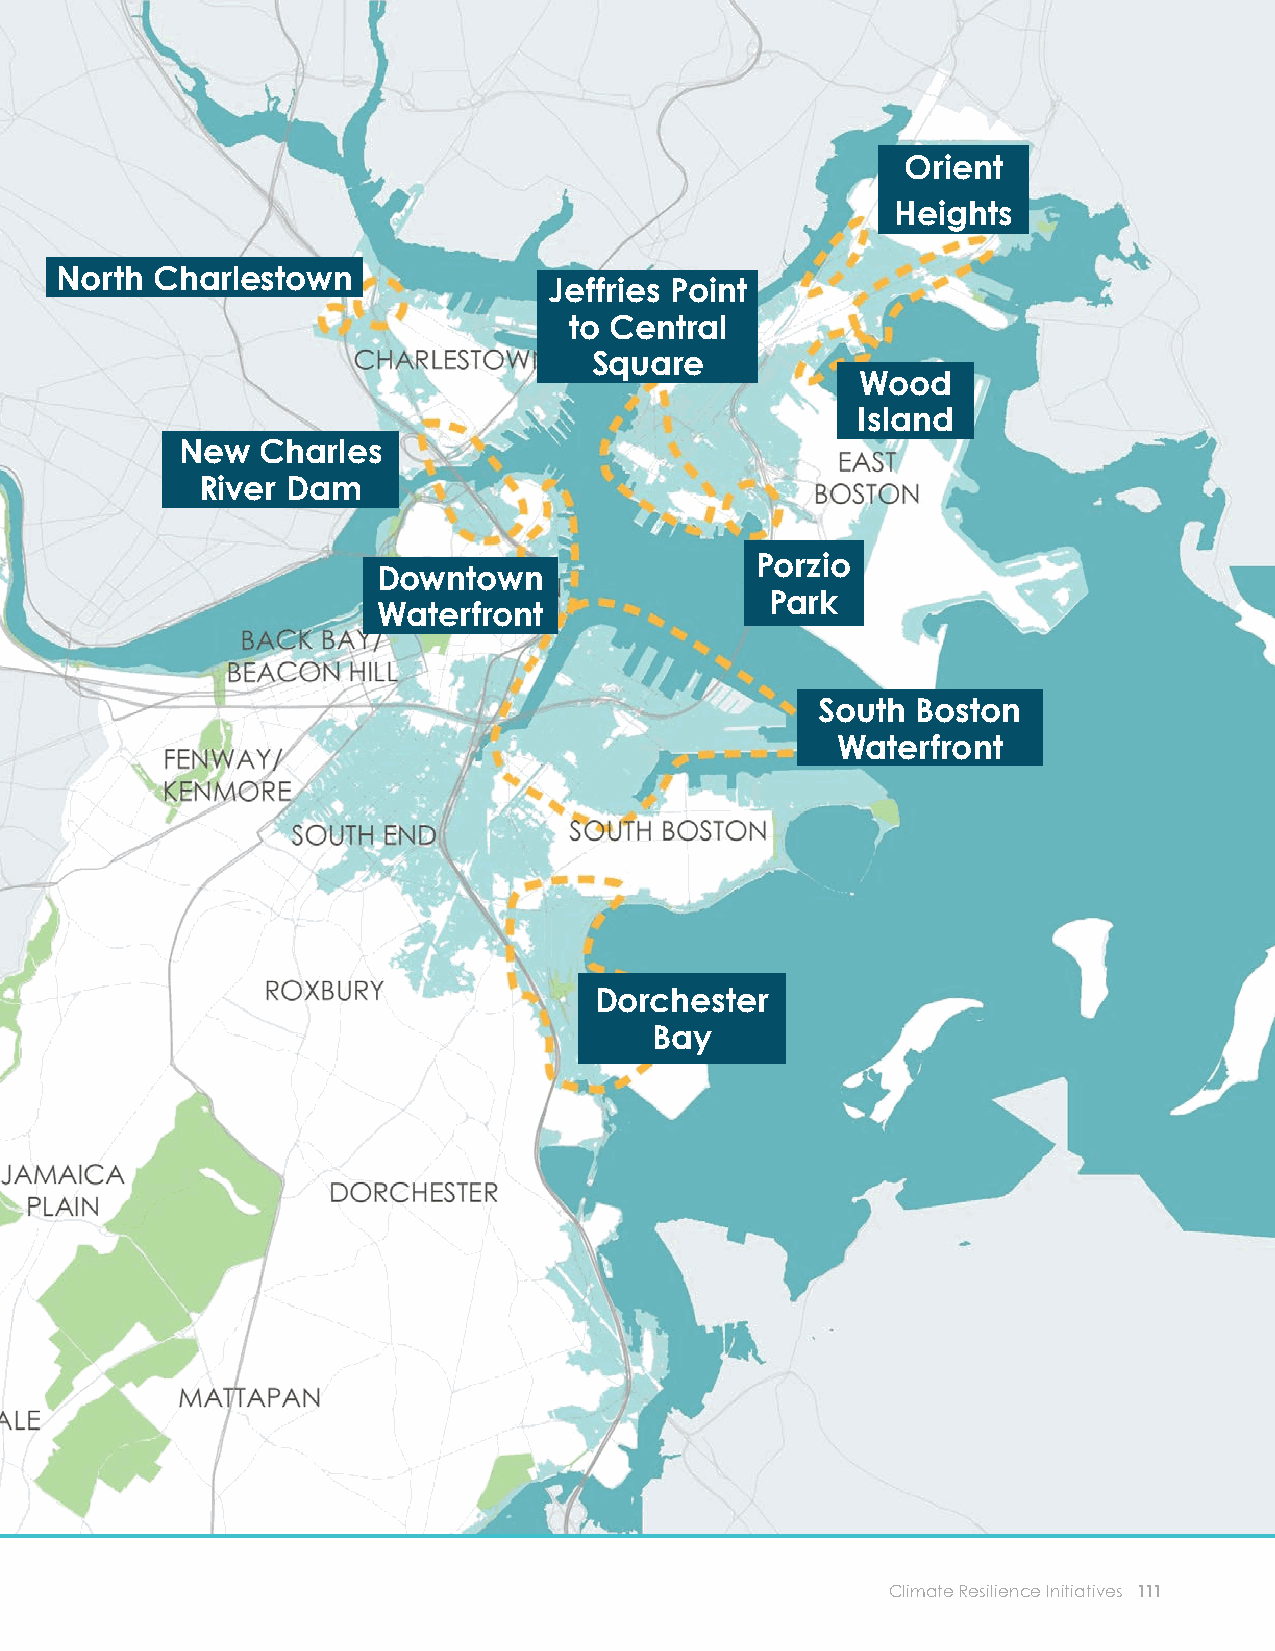
Species Act. Finally, the Massachusett s
 Offi ce of Coastal Zone Management (CZM)
 Orient
 would need to be involved in project review
 Heights
 to ensure that the proposed activities are
 consistent with Massachusett s’s enforceable
 North Charlestown
 coastal program policies and to conduct a Jeffries Point
 federal consistency review for any project to Central
 requiring federal permitt ing or funding. Square
 Wood
 At the federal level, the U.S. Army Corps of
 Island
 Engineers would likely lead coordination
 New  Charles
 with other federal agencies, including the
 River Dam
 U.S. Fish and Wildlife Service and the
 Environmental Protection Agency. Regulators
 Porzio
 would consider project impacts on the natural Downtown
 environment, historic and cultural resources, Waterfront Park
 and the navigability of Boston Harbor by
 commercial and recreational vessels.
 South  Boston
 ◦ Coordination with other municipalities
 Waterfront
 and government entities. Harbor-wide
 and district-scale interventions are likely to
 require close collaboration with neighboring
 cities and towns, such as Cambridge, Chelsea,
 Winthrop, and Quincy, as well as the state
 and regional agencies.
 INITIATIVE 5-3. PRIORITIZE AND STUDY
 THE FEASIBILITY OF DISTRICT-SCALE      Dorchester
 FLOOD PROTECTION                           Bay
 POTENTIAL FLOOD PROTECTION
 LOCATIONS
 Applying a consistent evaluation framework
 Based on existing topography, rights-of-way,
 (see Initiative 5-2, p.106), the City should study and urban and environmental conditions,
 Climate Ready Boston has identifi ed key
 the feasibility of district-scale fl ood protection in
 “breach points” where fl ood protection
 a number of locations and prioritize them based systems could potentially be sited. Important
 additional factors, including existing drainage
 on costs and benefi ts to populations, businesses,
 systems, underground transportation and utility
 property, and infrastructure. For more details on structures, soil conditions, and zoning—as well
 as any potential external impacts as a result of
 potential fl ood protection locations, including a the project—have not been studied in detail
 and should be required as part of detailed
 discussion of order-of-magnitude benefi ts that
 feasibility studies, along with appropriate public
 could be realized from each, see the Focus Areas and stakeholder outreach and coordination.
 chapter and Appendix of this report. These
 For more details on these potential fl ood
 feasibility studies should take place in the context protection locations, including a discussion
 of order-of-magnitude benefi ts that could be
 of local climate resilience plans (see Initiative realized from fl ood protection systems, see the
 Focus Areas chapter and Appendix of
 4-1, p.100), featuring engagement with local
 this report.
 communities, coordination with infrastructure
 110 City of Boston: Climate Ready Boston                   Climate Resilience Initiatives 111